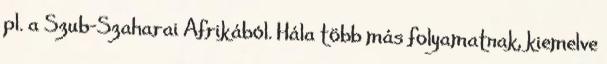
pl. a Szub-Szaharai Afrikából. Hála több más folyamatnak, kiemelve